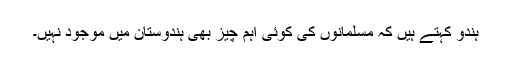
ہندو کہتے ہیں کہ مسلمانوں کی کوئی اہم چیز بھی ہندوستان میں موجود نہیں۔